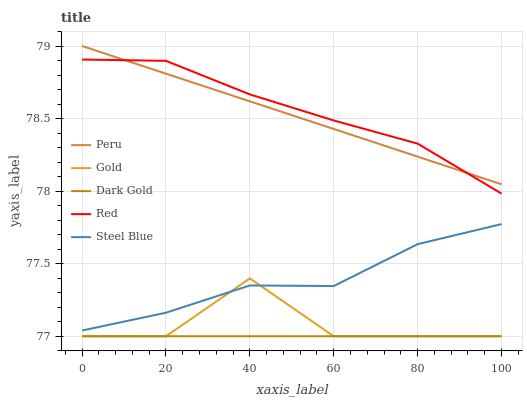
| xaxis_label | Peru | Gold | Dark Gold | Red | Steel Blue |
 | --- | --- | --- | --- | --- | --- |
 | 0 | 79 | 77 | 77 | 78.9 | 77 |
 | 20 | 78.8 | 77 | 77 | 78.9 | 77.2 |
 | 40 | 78.6 | 77.4 | 77 | 78.7 | 77.4 |
 | 60 | 78.4 | 77 | 77 | 78.5 | 77.3 |
 | 80 | 78.2 | 77 | 77 | 78.3 | 77.6 |
 | 100 | 78 | 77 | 77 | 78 | 77.8 |